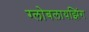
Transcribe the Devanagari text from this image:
ग्लोबलायझिंग